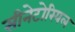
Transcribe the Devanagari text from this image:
सीनेटोरियल